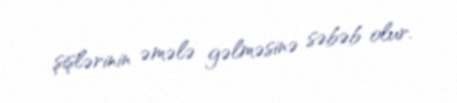
şişlərinin əmələ gəlməsinə səbəb olur.